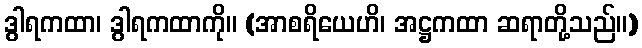
ဒွါရကထာ၊ ဒွါရကထာကို။ (အာစရိယေဟိ၊ အဋ္ဌကထာ ဆရာတို့သည်။)